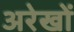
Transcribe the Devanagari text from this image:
अरेखों